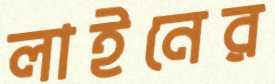
লাইনের